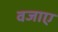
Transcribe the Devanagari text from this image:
वजाए